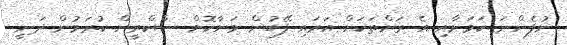
ނުފެންނަ ކަމަށާއި އެ ރަށްތަކަށް އަރައި ފޭބުން މަނާކޮށް ސްކްރީން ކުރަމުން ދަނީ